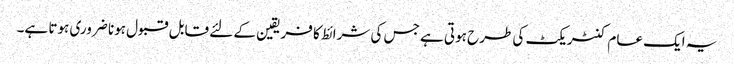
یہ ایک عام کنٹریکٹ کی طرح ہوتی ہے جس کی شرائط کا فریقین کے لئے قابل قبول ہونا ضروری ہوتا ہے۔